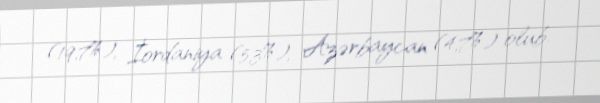
(19,7%), İordaniya (5,3%), Azərbaycan (4,7%) olub.